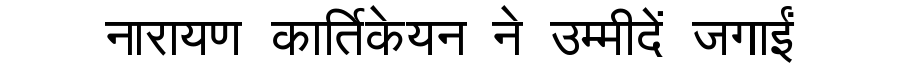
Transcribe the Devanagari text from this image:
नारायण कार्तिकेयन ने उम्मीदें जगाईं